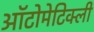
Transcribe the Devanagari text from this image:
ऑटोमेटिक्ली